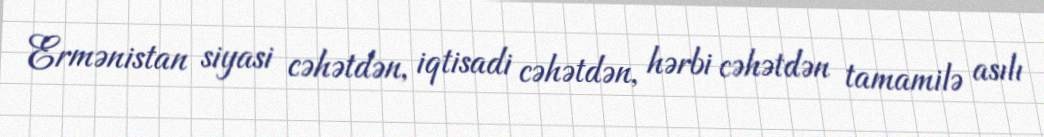
Ermənistan siyasi cəhətdən, iqtisadi cəhətdən, hərbi cəhətdən tamamilə asılı